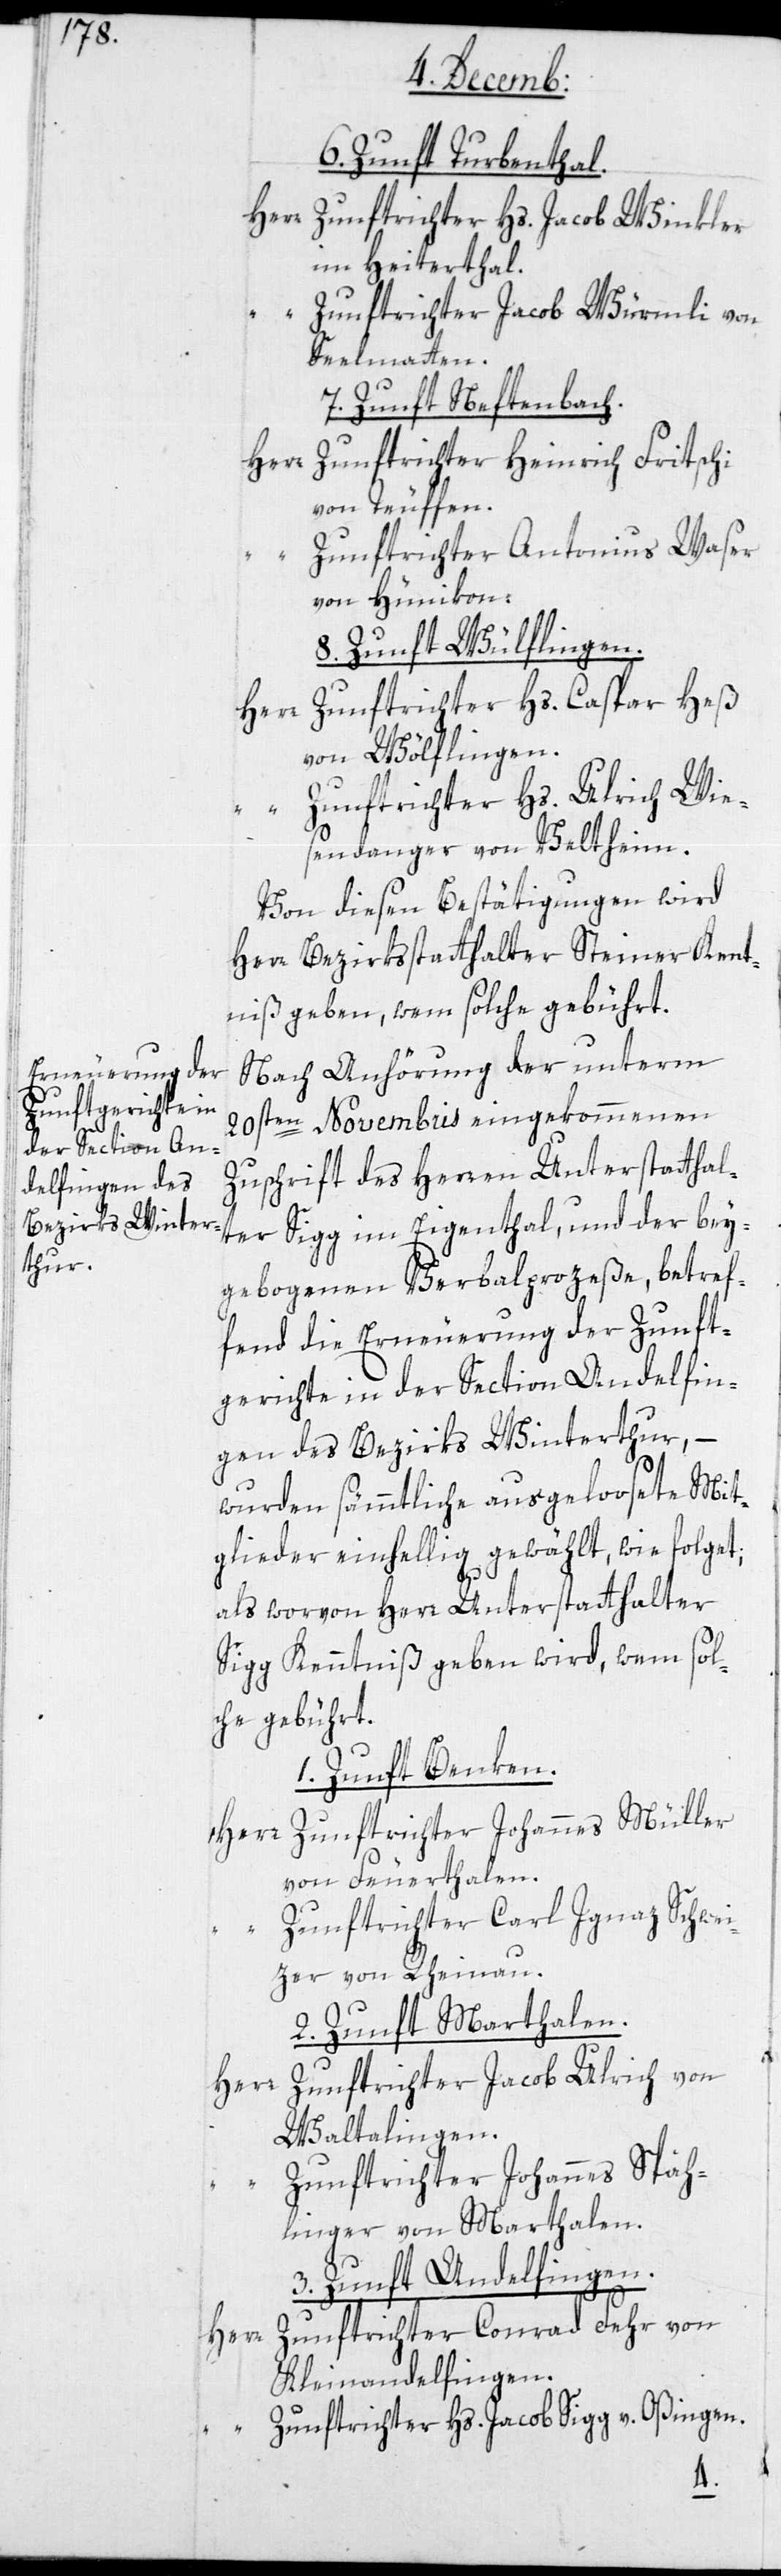
6. Zunft Turbenthal.
Herr Zunftrichter Hs. Jacob Winkler
im Heiterthal.
“ Zunftrichter Jacob Würmli von
Seelmatten.
7. Zunft Neftenbach.
Zunftrichter Heinrich Fritschi
von Teuffen.
Zunftrichter Antonius Waser
von Hünikon.
8. Zunft Wülflingen.
Zunftrichter Hs. Caspar Heß
von Wülflingen.
“ Zunftrichter Hs. Ulrich Wie¬
sendanger von Veltheim.
Von diesen Bestätigungen wird
Herr Bezirksstatthalter Steiner Kennt¬
niß geben, wem solche gebührt.
Nach Anhörung der unterm
20sten Novembris eingekommenen
Zuschrift des Herren Unterstatthal¬
ter Sigg im Eigenthal, und der bey¬
gebogenen Verbalprozeße, betref¬
fend die Erneuerung der Zunft¬
gerichte in der Section Andelfin¬
gen des Bezirks Winterthur, –
wurden sämmtliche ausgeloosete Mit¬
glieder einhellig gewählt, wie folget;
als worvon Herr Unterstatthalter
Sigg Kenntniß geben wird, wem sol¬
che gebührt.
1. Zunft Benken.
Herr Zunftrichter Johannes Müller
von Feuerthalen.
Zunftrichter Carl Ignaz Schwei¬
tzer von Rheinau.
2. Zunft Marthalen.
Herr Zunftrichter Jacob Ulrich von
Waltalingen.
Zunftrichter Johannes Späh¬
linger von Marthalen.
3. Zunft Andelfingen.
Zunftrichter Conrad Fehr von
Herr
Kleinandelfingen.
“ Zunftrichter Hs. Jacob Sigg v. Oßingen.